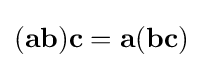
(\mathbf {ab} )\mathbf {c} =\mathbf {a} (\mathbf {bc} )